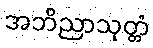
အဘိညာသုတ္တံ